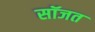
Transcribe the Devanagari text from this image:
सॉजत